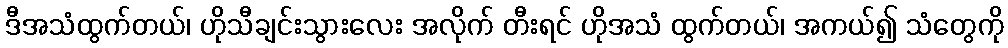
ဒီအသံထွက်တယ်၊ ဟိုသီချင်းသွားလေး အလိုက် တီးရင် ဟိုအသံ ထွက်တယ်၊ အကယ်၍ သံတွေကို